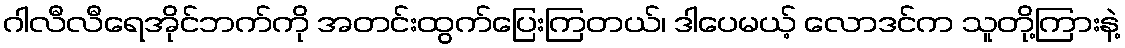
ဂါလီလီရေအိုင်ဘက်ကို အတင်းထွက်ပြေးကြတယ်၊ ဒါပေမယ့် လောဒင်က သူတို့ကြားနဲ့